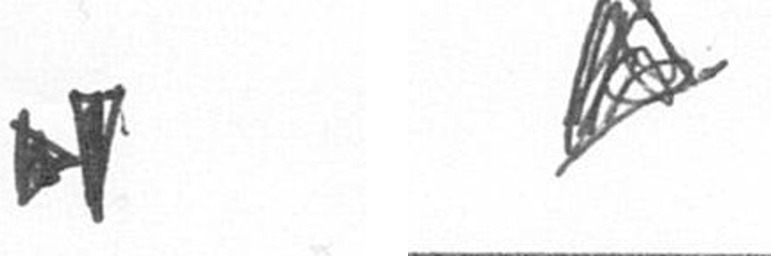
M O